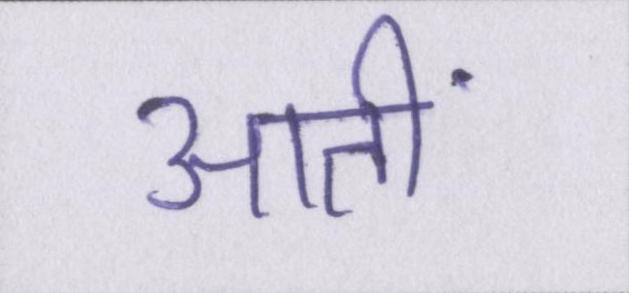
आतीं